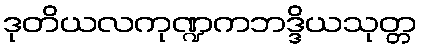
ဒုတိယလကုဏ္ဍကဘဒ္ဒိယသုတ္တ